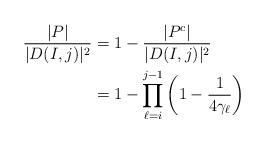
LaTeX: \begin{align*}\frac{|P|}{|D(I,j)|^2} &= 1 - \frac{|P^c|}{|D(I,j)|^2}\\&= 1-\prod_{\ell = i}^{j-1} \left(1 - \frac{1}{4\gamma_\ell}\right)\end{align*}